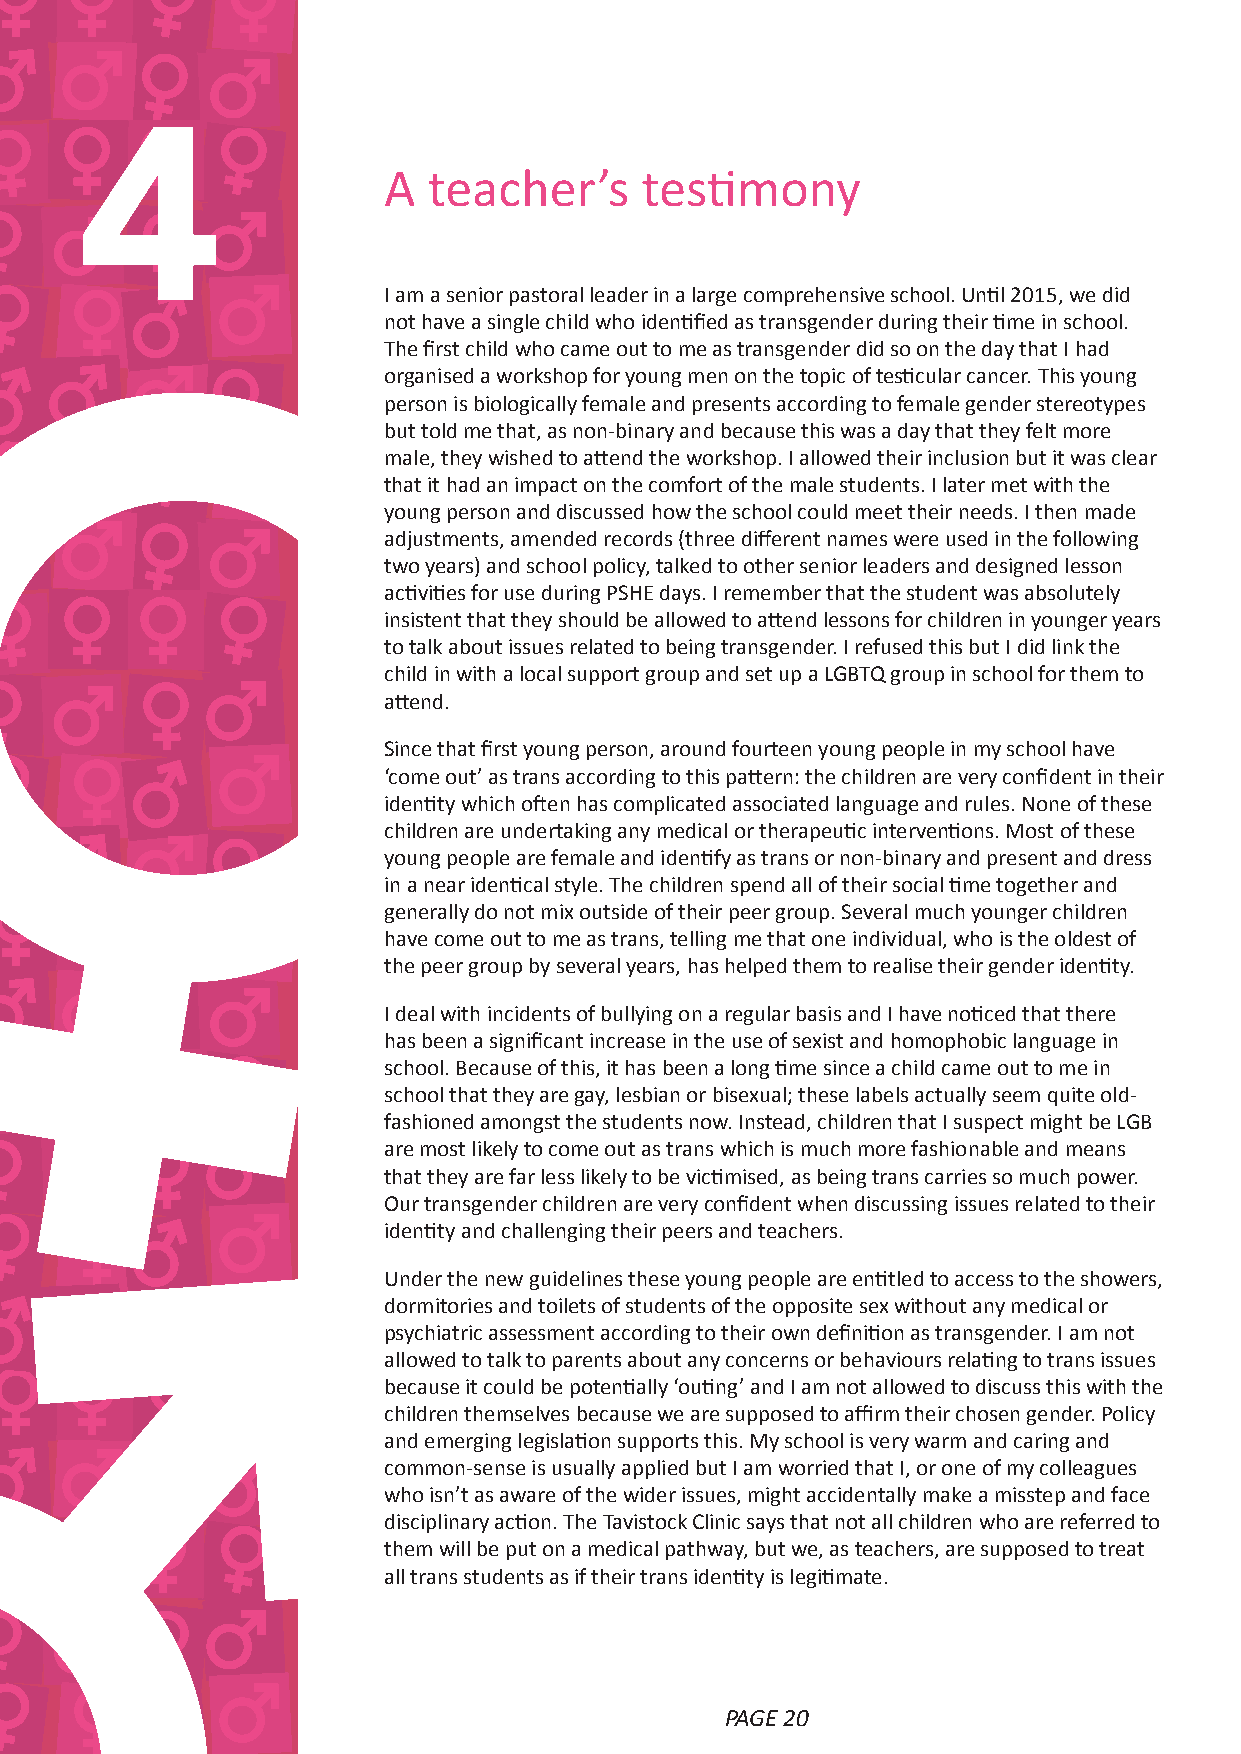
4                   A  teacher’s     testimony
 I am a senior pastoral leader in a large comprehensive school. Until 2015, we did
 not have a single child who identified as transgender during their time in school.
 The first child who came out to me as transgender did so on the day that I had
 organised a workshop for young men on the topic of testicular cancer. This young
 person is biologically female and presents according to female gender stereotypes
 but told me that, as non‑binary and because this was a day that they felt more
 male, they wished to attend the workshop. I allowed their inclusion but it was clear
 that it had an impact on the comfort of the male students. I later met with the
 young person and discussed how the school could meet their needs. I then made
 adjustments, amended records (three different names were used in the following
 two years) and school policy, talked to other senior leaders and designed lesson
 activities for use during PSHE days. I remember that the student was absolutely
 insistent that they should be allowed to attend lessons for children in younger years
 to talk about issues related to being transgender. I refused this but I did link the
 child in with a local support group and set up a LGBTQ group in school for them to
 attend.
 Since that first young person, around fourteen young people in my school have
 ‘come out’ as trans according to this pattern: the children are very confident in their
 identity which often has complicated associated language and rules. None of these
 children are undertaking any medical or therapeutic interventions. Most of these
 young people are female and identify as trans or non‑binary and present and dress
 in a near identical style. The children spend all of their social time together and
 generally do not mix outside of their peer group. Several much younger children
 have come out to me as trans, telling me that one individual, who is the oldest of
 the peer group by several years, has helped them to realise their gender identity.
 I deal with incidents of bullying on a regular basis and I have noticed that there
 has been a significant increase in the use of sexist and homophobic language in
 school. Because of this, it has been a long time since a child came out to me in
 school that they are gay, lesbian or bisexual; these labels actually seem quite old‑
 fashioned amongst the students now. Instead, children that I suspect might be LGB
 are most likely to come out as trans which is much more fashionable and means
 that they are far less likely to be victimised, as being trans carries so much power.
 Our transgender children are very confident when discussing issues related to their
 identity and challenging their peers and teachers.
 Under the new guidelines these young people are entitled to access to the showers,
 dormitories and toilets of students of the opposite sex without any medical or
 psychiatric assessment according to their own definition as transgender. I am not
 allowed to talk to parents about any concerns or behaviours relating to trans issues
 because it could be potentially ‘outing’ and I am not allowed to discuss this with the
 children themselves because we are supposed to affirm their chosen gender. Policy
 and emerging legislation supports this. My school is very warm and caring and
 common‑sense is usually applied but I am worried that I, or one of my colleagues
 who isn’t as aware of the wider issues, might accidentally make a misstep and face
 disciplinary action. The Tavistock Clinic says that not all children who are referred to
 them will be put on a medical pathway, but we, as teachers, are supposed to treat
 all trans students as if their trans identity is legitimate.
 PPAAGGEE 2200